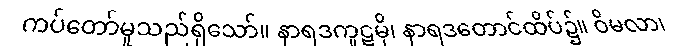
ကပ်တော်မူသည်ရှိသော်။ နာရဒကူဋမှိ၊ နာရဒတောင်ထိပ်၌။ ဝိမလာ၊